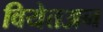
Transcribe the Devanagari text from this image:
वियेतअन